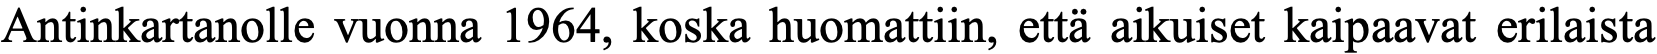
Antinkartanolle vuonna 1964, koska huomattiin, että aikuiset kaipaavat erilaista